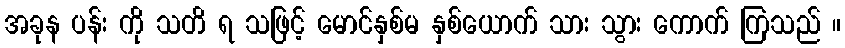
အခုန ပန်း ကို သတိ ရ သဖြင့် မောင်နှစ်မ နှစ်ယောက် သား သွား ကောက် ကြသည် ။